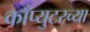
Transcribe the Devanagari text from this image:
काँप्युटरच्या